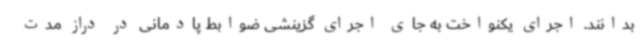
بدانند. اجرای یکنواخت به جای اجرای گزینشی ضوابط پادمانی در دراز مدت